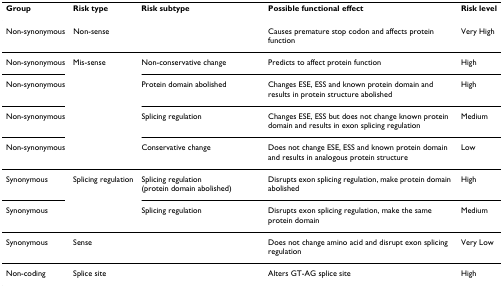
| Group | Risk type | Risk subtype | Possible functional effect | Risk level |
 | --- | --- | --- | --- | --- |
 | Non-synonymous | Non-sense |  | Causes premature stop codon and affects protein function | Very High |
 | Non-synonymous | Mis-sense | Non-conservative change | Predicts to affect protein function | High |
 | Non-synonymous |  | Protein domain abolished | Changes ESE, ESS and known protein domain and results in protein structure abolished | High |
 | Non-synonymous |  | Splicing regulation | Changes ESE, ESS but does not change known protein domain and results in exon splicing regulation | Medium |
 | Non-synonymous |  | Conservative change | Does not change ESE, ESS and known protein domain and results in analogous protein structure | Low |
 | Synonymous | Splicing regulation | Splicing regulation (protein domain abolished) | Disrupts exon splicing regulation, make protein domain abolished | High |
 | Synonymous |  | Splicing regulation | Disrupts exon splicing regulation, make the same protein domain | Medium |
 | Synonymous | Sense |  | Does not change amino acid and disrupt exon splicing regulation | Very Low |
 | Non-coding | Splice site |  | Alters GT-AG splice site | High |